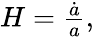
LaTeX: \begin{array}{r}{H=\frac{\dot{a}}{a},}\end{array}